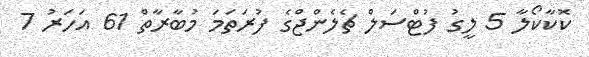
ކޮކާކޯލާ 5 ލީގު ފުޓްސަލް ޗެލެންޖްގެ ފުރަތަމަ މުބާރާތް 61 އަހަރު 7